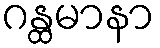
ဂန္ထမာနာ